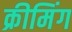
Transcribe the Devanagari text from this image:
क्रीमिंग